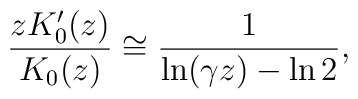
\frac{zK_0'(z)}{K_0(z)} \cong \frac{1}{\ln(\gamma z) - \ln2 },